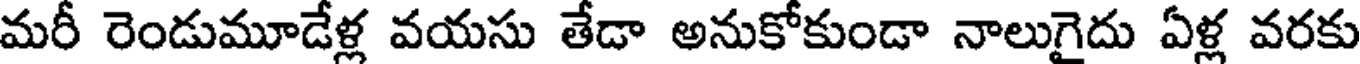
మరీ రెండుమూడేళ్ల వయసు తేడా అనుకోకుండా నాలుగైదు ఏళ్ల వరకు